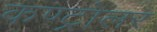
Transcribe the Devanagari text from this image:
कण्ट्रोलर